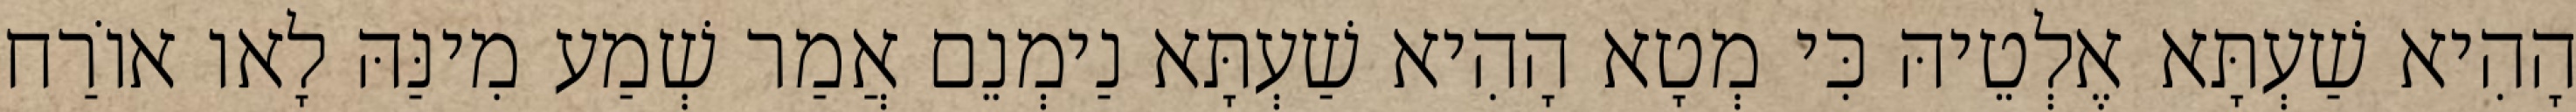
הָהִיא שַׁעְתָּא אֶלְטֵיהּ כִּי מְטָא הָהִיא שַׁעְתָּא נַימְנֵם אֲמַר שְׁמַע מִינַּהּ לָאו אוֹרַח